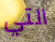
التي